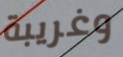
وغريبة